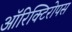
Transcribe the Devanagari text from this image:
ऑरिक्टिरोपस